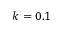
k = 0 . 1